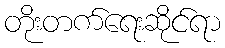
တိုးတက်ရေးဆိုင်ရာ